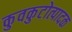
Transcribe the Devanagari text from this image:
कुवकुटोत्पादक